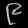
Digit: ၉